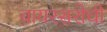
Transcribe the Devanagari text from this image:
वायरसरोधी